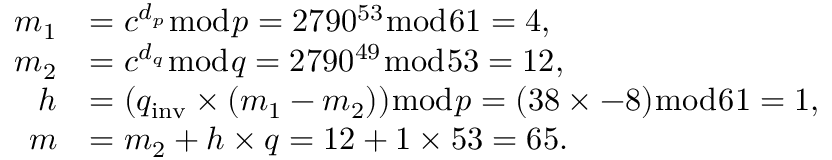
{ \begin{array} { r l } { m _ { 1 } } & { = c ^ { d _ { p } } { \bmod { p } } = 2 7 9 0 ^ { 5 3 } { \bmod { 6 } } 1 = 4 , } \\ { m _ { 2 } } & { = c ^ { d _ { q } } { \bmod { q } } = 2 7 9 0 ^ { 4 9 } { \bmod { 5 } } 3 = 1 2 , } \\ { h } & { = ( q _ { \mathrm { i n v } } \times ( m _ { 1 } - m _ { 2 } ) ) { \bmod { p } } = ( 3 8 \times - 8 ) { \bmod { 6 } } 1 = 1 , } \\ { m } & { = m _ { 2 } + h \times q = 1 2 + 1 \times 5 3 = 6 5 . } \end{array} }